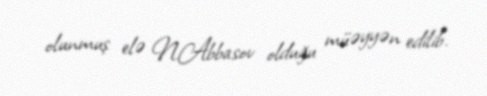
olunmuş elə N.Abbasov olduğu müəyyən edilib.